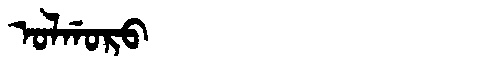
Manchu: ᠣᠯᡤᠣᡵᠣ
Romanization: OLGORO